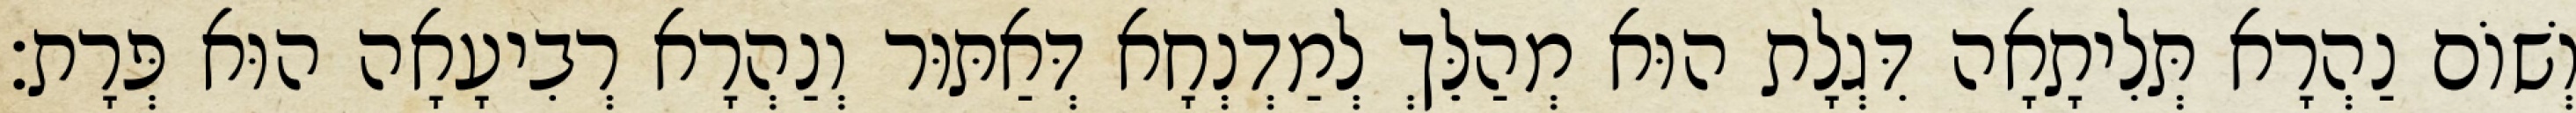
וְשׁוֹם נַהְרָא תְּלִיתָאָה דִּגְלָת הוּא מְהַלֵּךְ לְמַדְנְחָא דְּאַתּוּר וְנַהְרָא רְבִיעָאָה הוּא פְּרָת׃